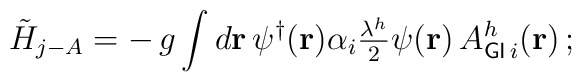
\tilde{H}_{j-A}=-\,g\int d{\bf r}\,{\psi^\dagger}({\bf r})\alpha_{i}{\textstyle\frac{\lambda^h}{2}}\psi({\bf r})\,A_{{\sf GI}\,i}^{h}({\bf r})\,;